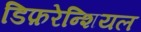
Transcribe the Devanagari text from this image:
डिफ़रेन्शियल